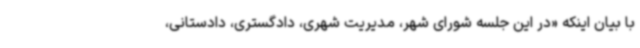
با بیان اینکه «در این جلسه شورای شهر، مدیریت شهری، دادگستری، دادستانی،